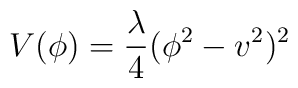
V(\phi) = {\lambda \over 4} ( \phi^2 - v^2)^2